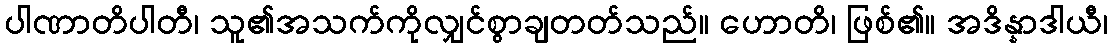
ပါဏာတိပါတီ၊ သူ၏အသက်ကိုလျှင်စွာချတတ်သည်။ ဟောတိ၊ ဖြစ်၏။ အဒိန္နာဒါယီ၊